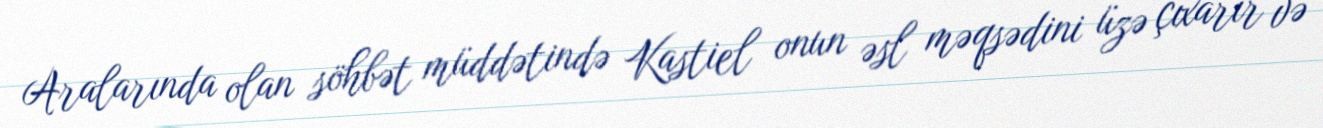
Aralarında olan söhbət müddətində Kastiel onun əsl məqsədini üzə çıxarır və